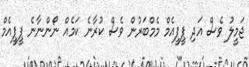
ޖަމީލު ވެސް އަދި ޕީޕީއެމް މެމްބަރުން ވެސް ކުރާނެ ކަމެެއް ނޯންނާނެ ޕީޕީއެމް